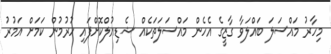
މިހާރު މައްސަލަ ބައްލަވާ ގާޒީގެ އެހެން މައްސަލަތަކެއް ޝެޑިއުލްކޮށްފައި ހުރުމުން ކަމަށް އަމުރު